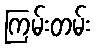
ကြမ်းတမ်း